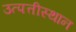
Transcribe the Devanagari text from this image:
उत्पत्तीस्थान